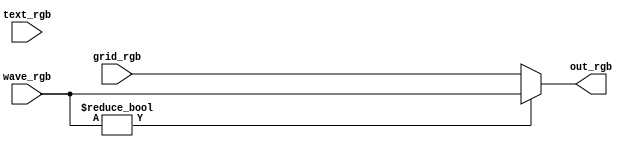
module waveOrGridOrText(input[2:0] grid_rgb, wave_rgb, text_rgb, output reg[2:0] out_rgb);
	always@(*) begin
		if (wave_rgb != 0)
			out_rgb = wave_rgb;
		else
			out_rgb = grid_rgb;
	end
endmodule